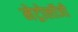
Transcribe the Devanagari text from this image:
मेट्रोलॉजी